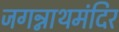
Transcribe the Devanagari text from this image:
जगन्नाथमंदिर